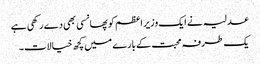
عدلیہ نے ایک وزیر اعظم کو پھانسی بھی دے رکھی ہے
یک طرفہ محبت کے بارے میں کچھ خیالات۔